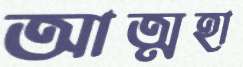
আত্মহা